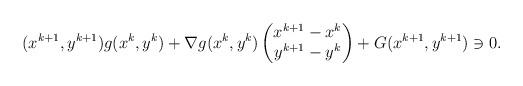
LaTeX: \begin{align*}(x^{k+1},y^{k+1})g(x^k,y^k)+\nabla g(x^k,y^k)\begin{pmatrix}x^{k+1}-x^k\\y^{k+1}-y^k\end{pmatrix} + G(x^{k+1},y^{k+1})\ni 0.\end{align*}